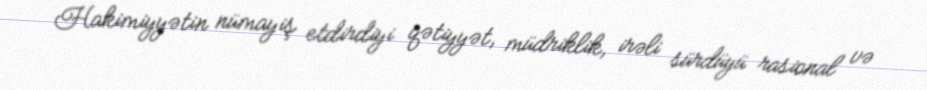
Hakimiyyətin nümayiş etdirdiyi qətiyyət, müdriklik, irəli sürdüyü rasional və